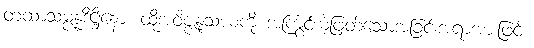
တထာသမ္ပန္နဒိဋ္ဌိနော၊ ထိုအဝိဇ္ဇနုသယကို အကြွင်းမဲ့ဖြတ်သောအခြင်းအရာအားဖြင့်